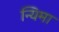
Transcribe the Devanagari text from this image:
न्यिमा